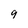
Character: 9